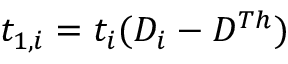
t _ { 1 , i } = t _ { i } ( D _ { i } - D ^ { T h } )